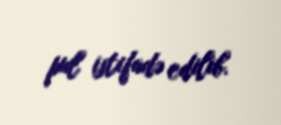
pul istifadə edilib.